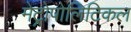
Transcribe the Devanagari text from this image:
मेट्रोपोलिटिकल